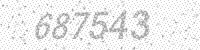
Solution: 687543